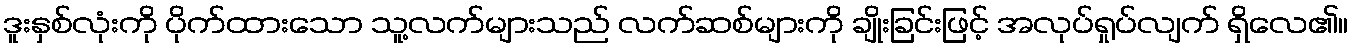
ဒူးနှစ်လုံးကို ပိုက်ထားသော သူ့လက်များသည် လက်ဆစ်များကို ချိုးခြင်းဖြင့် အလုပ်ရှုပ်လျက် ရှိလေ၏။